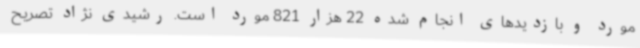
مورد و بازدیدهای انجام شده 22 هزار 821 مورد است. رشیدی نژاد تصریح